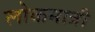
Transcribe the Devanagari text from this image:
लोकमात्री